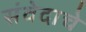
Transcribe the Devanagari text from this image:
संवेदाचे